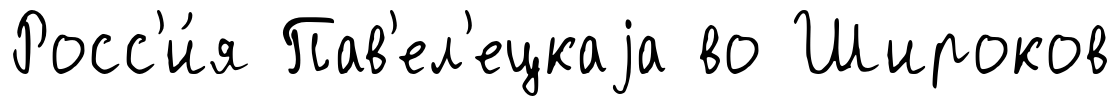
Росс'и́я Пав'ел'ецкаjа во Широков